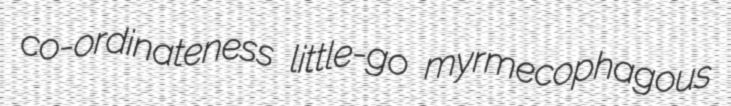
co-ordinateness little-go myrmecophagous